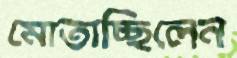
মোতাচ্ছিলেন